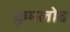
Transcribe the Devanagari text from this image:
क्रुमलोव